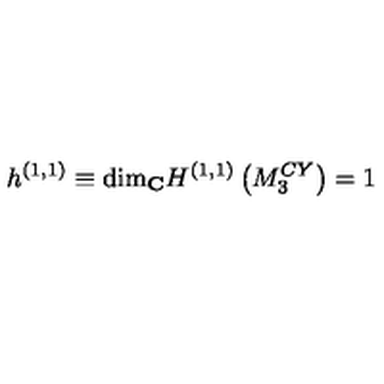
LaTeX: h ^ { ( 1 , 1 ) } \equiv \mathrm { d i m } _ { \bf C } H ^ { ( 1 , 1 ) } \left( M _ { 3 } ^ { C Y } \right) = 1